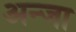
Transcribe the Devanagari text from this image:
अन्जा